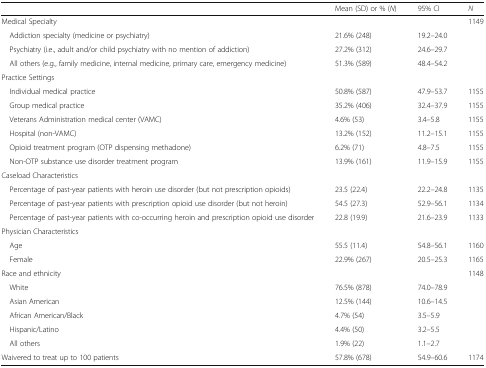
|  | Mean (SD) or % (N) | 95% CI | N |
 | --- | --- | --- | --- |
 | <COLSPAN=3> Medical Specialty | 1149 |
 | Addiction specialty (medicine or psychiatry) | 21.6% (248) | 19.2–24.0 |  |
 | Psychiatry (i.e., adult and/or child psychiatry with no mention of addiction) | 27.2% (312) | 24.6–29.7 |  |
 | All others (e.g., family medicine, internal medicine, primary care, emergency medicine) | 51.3% (589) | 48.4–54.2 |  |
 | <COLSPAN=4> Practice Settings |
 | Individual medical practice | 50.8% (587) | 47.9–53.7 | 1155 |
 | Group medical practice | 35.2% (406) | 32.4–37.9 | 1155 |
 | Veterans Administration medical center (VAMC) | 4.6% (53) | 3.4–5.8 | 1155 |
 | Hospital (non-VAMC) | 13.2% (152) | 11.2–15.1 | 1155 |
 | Opioid treatment program (OTP dispensing methadone) | 6.2% (71) | 4.8–7.5 | 1155 |
 | Non-OTP substance use disorder treatment program | 13.9% (161) | 11.9–15.9 | 1155 |
 | <COLSPAN=4> Caseload Characteristics |
 | Percentage of past-year patients with heroin use disorder (but not prescription opioids) | 23.5 (22.4) | 22.2–24.8 | 1135 |
 | Percentage of past-year patients with prescription opioid use disorder (but not heroin) | 54.5 (27.3) | 52.9–56.1 | 1134 |
 | Percentage of past-year patients with co-occurring heroin and prescription opioid use disorder | 22.8 (19.9) | 21.6–23.9 | 1133 |
 | <COLSPAN=4> Physician Characteristics |
 | Age | 55.5 (11.4) | 54.8–56.1 | 1160 |
 | Female | 22.9% (267) | 20.5–25.3 | 1165 |
 | <COLSPAN=3> Race and ethnicity | 1148 |
 | White | 76.5% (878) | 74.0–78.9 |  |
 | Asian American | 12.5% (144) | 10.6–14.5 |  |
 | African American/Black | 4.7% (54) | 3.5–5.9 |  |
 | Hispanic/Latino | 4.4% (50) | 3.2–5.5 |  |
 | All others | 1.9% (22) | 1.1–2.7 |  |
 | Waivered to treat up to 100 patients | 57.8% (678) | 54.9–60.6 | 1174 |